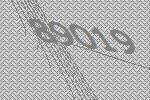
89019